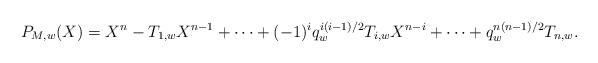
LaTeX: \begin{align*}P_{M,w}(X) = X^{n} - T_{1,w}X^{n-1}+\dots + (-1)^iq_{w}^{i(i-1)/2}T_{i,w}X^{n-i} +\dots + q_{w}^{n(n-1)/2}T_{n,w}.\end{align*}